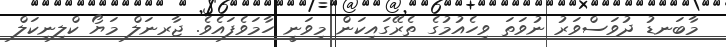
މާބަނޑު ދުވަސްވަރު ނުވަތަ ވިހެއުމުގެ ތެރޭގައިކަން މިވަނީ ހާމަވެފައެވެ. ޖާރނަލް މަޔޯ ކްލިނިކަލް